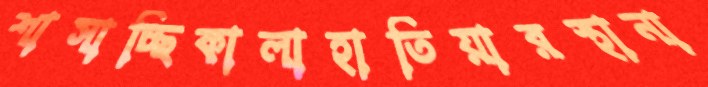
শাসাচ্ছিকালাহাতিয়ারস্থানা